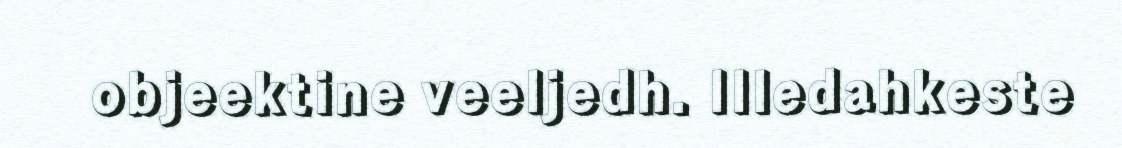
objeektine veeljedh. Illedahkeste